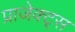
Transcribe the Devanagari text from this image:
प्राजेक्ट्स